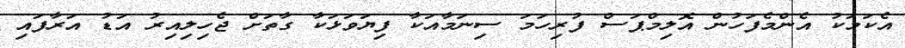
އެކަމަކު އެންމެފަހުން އޮލިމްޕަސް ފުރިހަމަ ސިނަމާއަކާ ފިޔަވަޅަކާ ގާތަށް ޖެހިލިއިރު އަޑު އަރާފައި